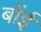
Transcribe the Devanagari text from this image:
बोंई